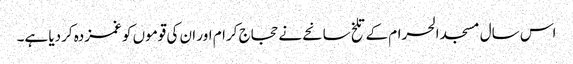
اس سال مسجد الحرام کے تلخ سانحے نے حجاج کرام اور ان کی قوموں کو غمزدہ کردیا ہے۔